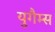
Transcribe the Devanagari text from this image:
युगैम्स